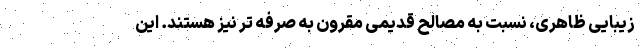
زیبایی ظاهری، نسبت به مصالح قدیمی مقرون به صرفه تر نیز هستند. این